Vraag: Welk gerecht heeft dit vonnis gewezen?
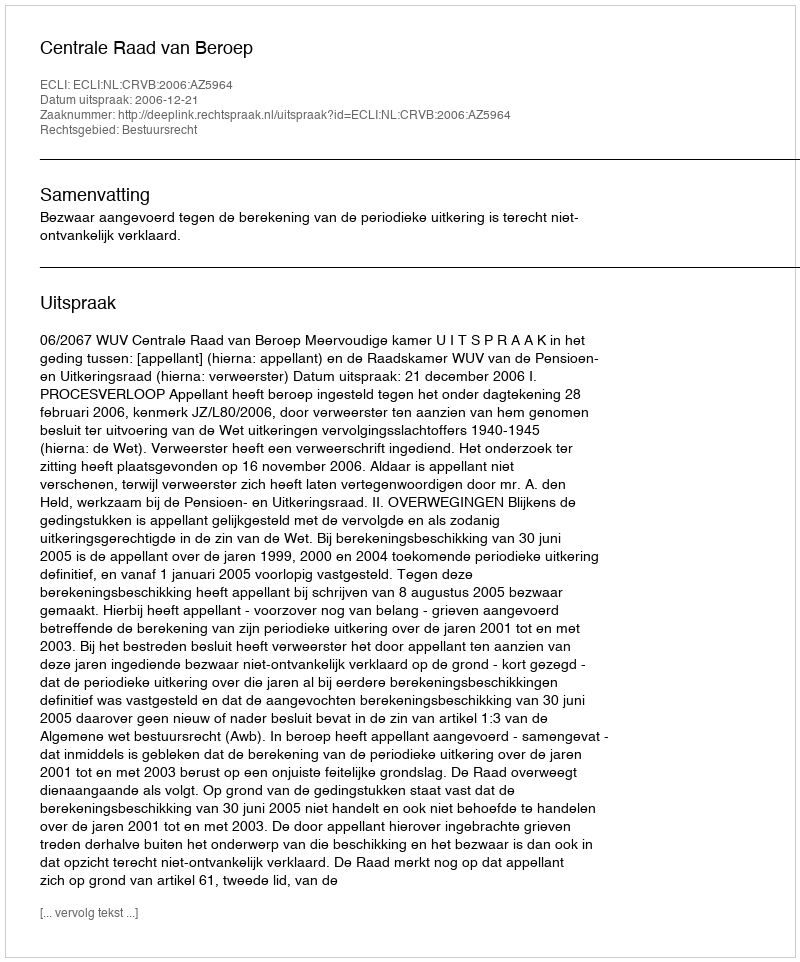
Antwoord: Centrale Raad van Beroep